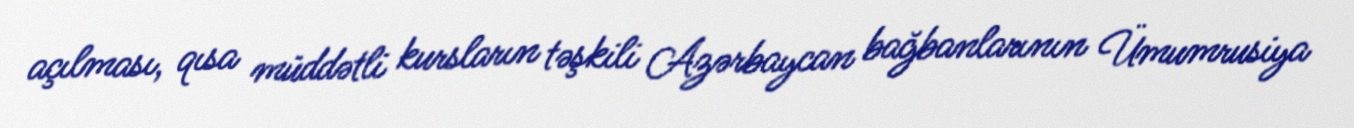
açılması, qısa müddətli kursların təşkili Azərbaycan bağbanlarının Ümumrusiya